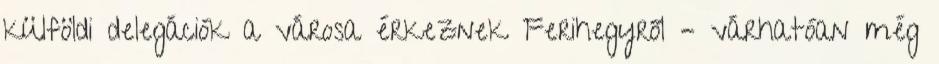
külföldi delegációk a városa érkeznek Ferihegyről – várhatóan még